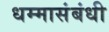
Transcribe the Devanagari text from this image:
धम्मासंबंधी